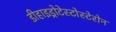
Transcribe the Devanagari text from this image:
डीहाइड्रोटेस्टोस्टेरोन